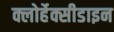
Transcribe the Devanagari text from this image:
क्लोर्हेक्सीडाइन